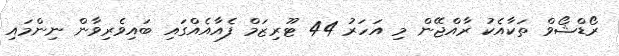
ރޯޑްޝޯވް ތަކާއެކު ރާއްޖޭން މި އަހަރު 44 ޓޫރިޒަމް ފެއާއެއްގައި ބައިވެރިވާން ނިންމައި